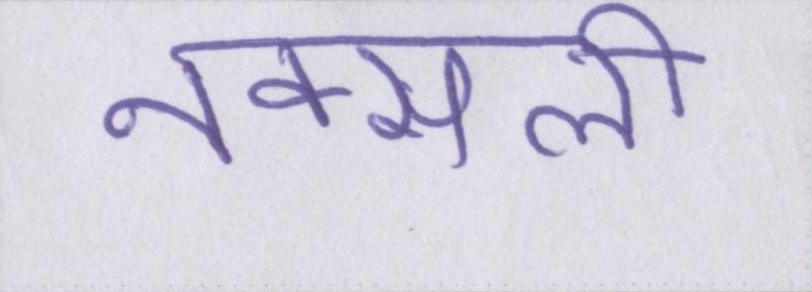
नक्सली